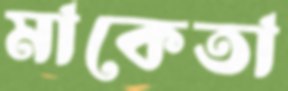
মাকেতা